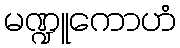
မဏ္ဍူကောဟံ